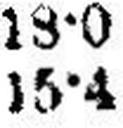
15•4